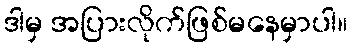
ဒါမှ အပြားလိုက်ဖြစ်မနေမှာပါ။